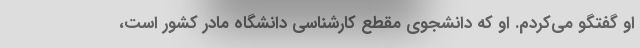
او گفتگو می‌کردم. او که دانشجوی مقطع کارشناسی دانشگاه مادر کشور است،